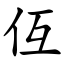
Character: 仾